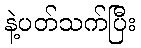
နဲ့ပတ်သက်ပြီး